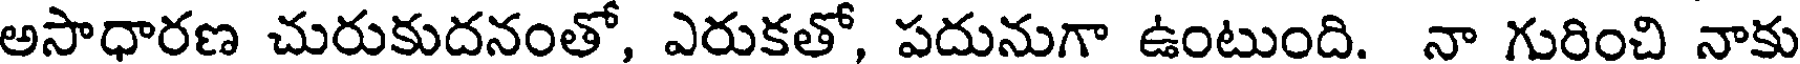
అసాధారణ చురుకుదనంతో, ఎరుకతో, పదునుగా ఉంటుంది. నా గురించి నాకు